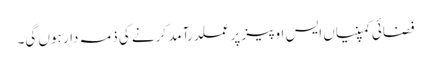
فضائی کمپنیاں ایس او پیز پر عملدرآمد کرنے کی ذمہ دار ہوں گی۔